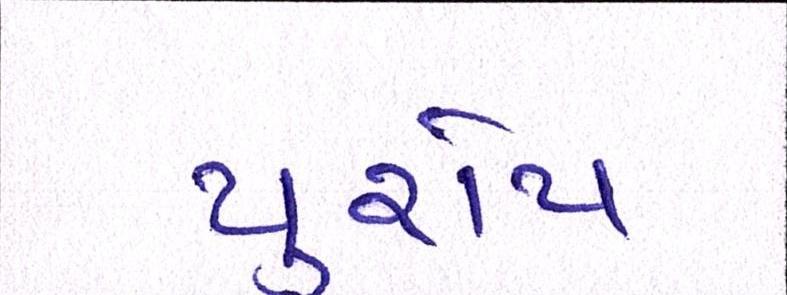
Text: યુરોપ